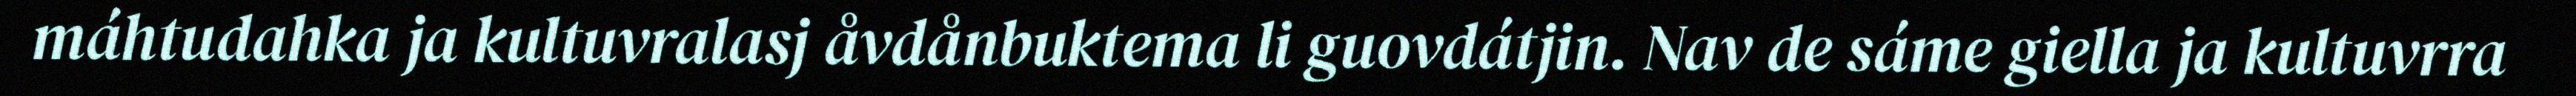
máhtudahka ja kultuvralasj åvdånbuktema li guovdátjin. Nav de sáme giella ja kultuvrra